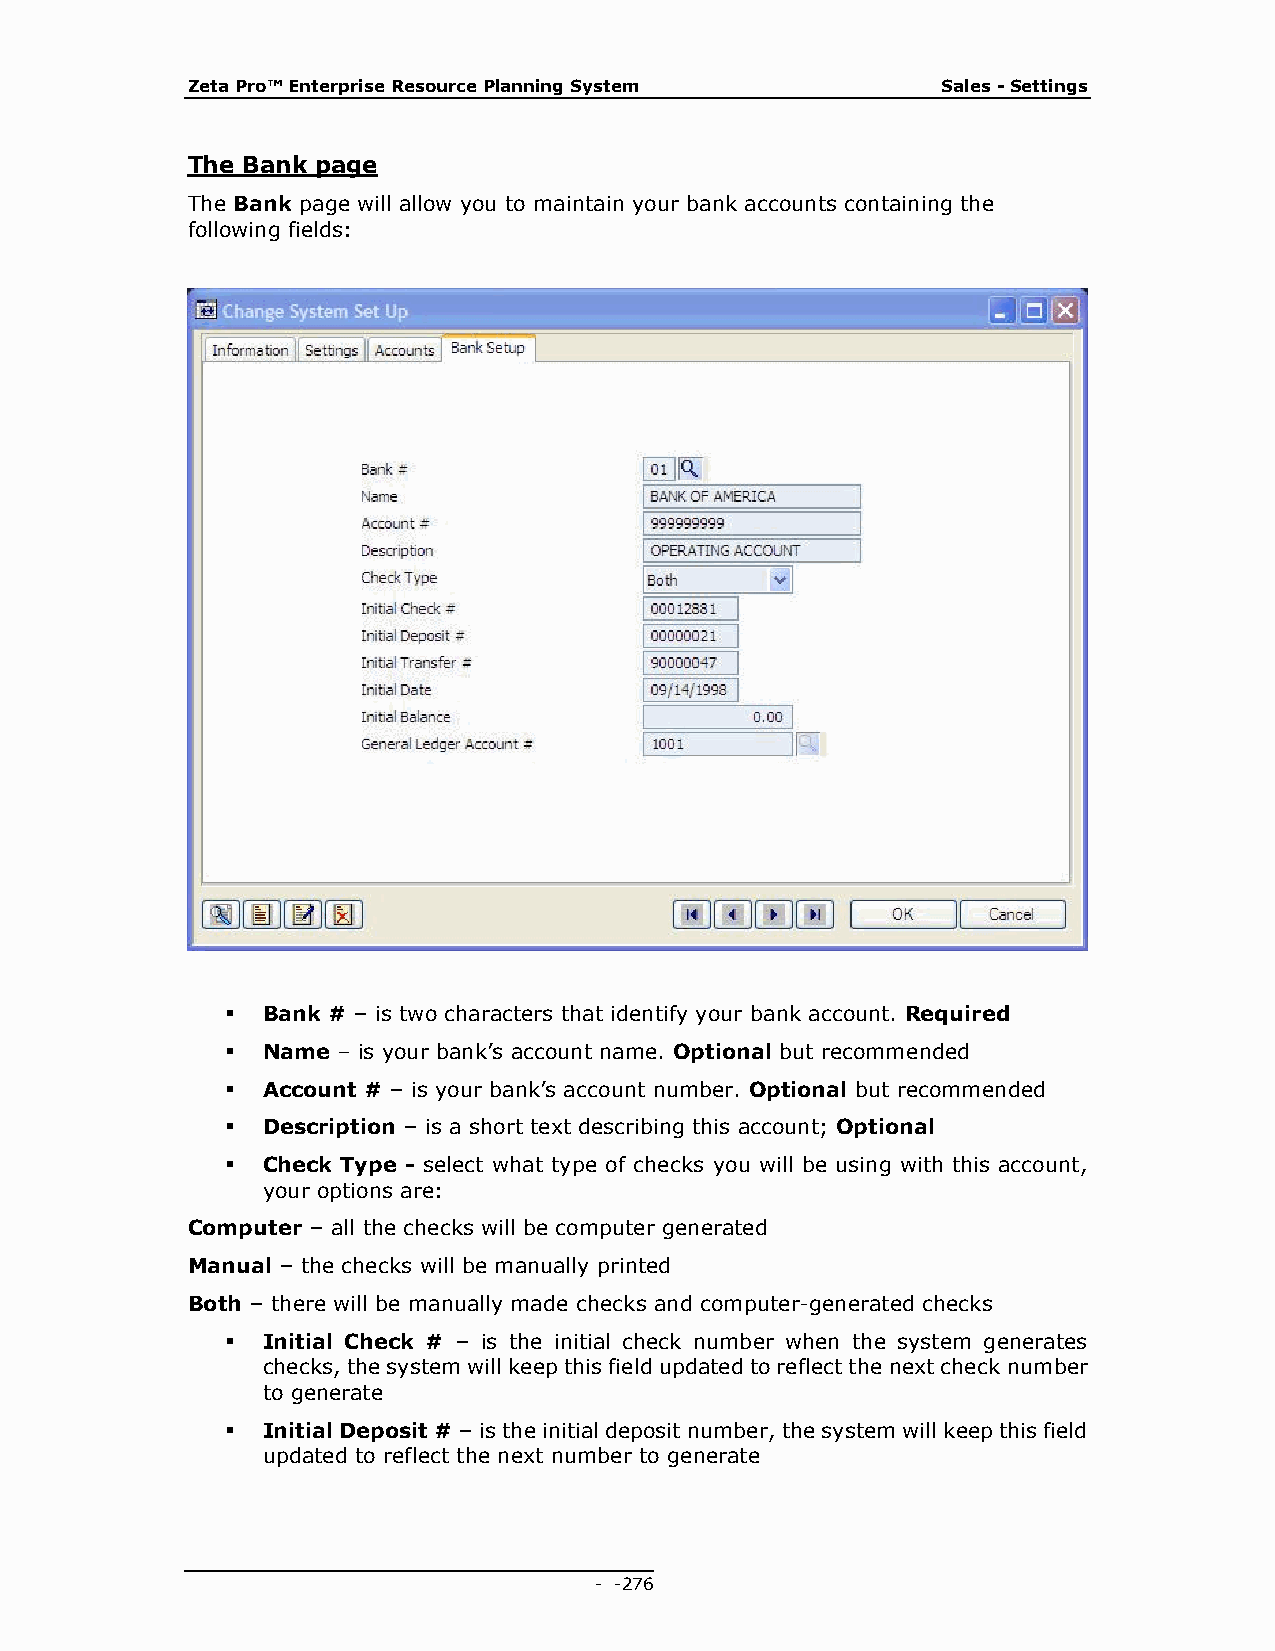
Zeta Pro™ Enterprise Resource Planning System     Sales - Settings
 The Bank page
 The Bank page will allow you to maintain your bank accounts containing the
 following fields:
  Bank # – is two characters that identify your bank account. Required
  Name – is your bank’s account name. Optional but recommended
  Account # – is your bank’s account number. Optional but recommended
  Description – is a short text describing this account; Optional
  Check Type - select what type of checks you will be using with this account,
 your options are:
 Computer – all the checks will be computer generated
 Manual – the checks will be manually printed
 Both – there will be manually made checks and computer-generated checks
  Initial Check # – is the initial check number when the system generates
 checks, the system will keep this field updated to reflect the next check number
 to generate
  Initial Deposit # – is the initial deposit number, the system will keep this field
 updated to reflect the next number to generate
 - - 276